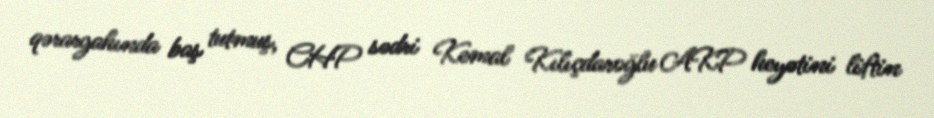
qərargahında baş tutmuş, CHP sədri Kemal Kılıçdaroğlu AKP heyətini liftin